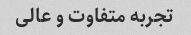
تجربه متفاوت و عالی